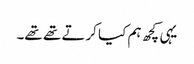
یہی کچھ ہم کیا کرتے تھے تھے۔